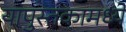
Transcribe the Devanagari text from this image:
यापुस्तकामध्ये